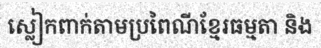
ស្លៀកពាក់តាមប្រពៃណីខ្មែរធម្មតា និង